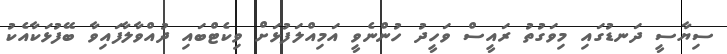
ސިޔާސީ ދަނޑުގައި މިވަގުތު ރައީސް ވަހީދު ހުންނެވީ އަމިއްލަފުޅަށް ވިކެޓްބައި ދުއްވާލާފައިވާ ބޭފުޅަކާއެކު